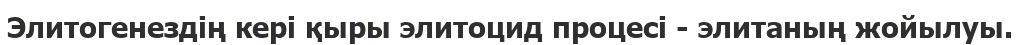
Элитогенездің кері қыры элитоцид процесі - элитаның жойылуы.